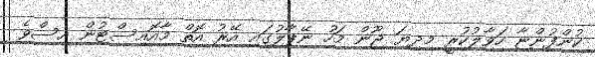
ކުންފުންޏާ ހަވާލުކުރީ މިދިޔަ ޖޫން މަހު ނޭޕާލުގައި އޭރު އޮތް މާއޮއިސްޓުން އިސްވެ